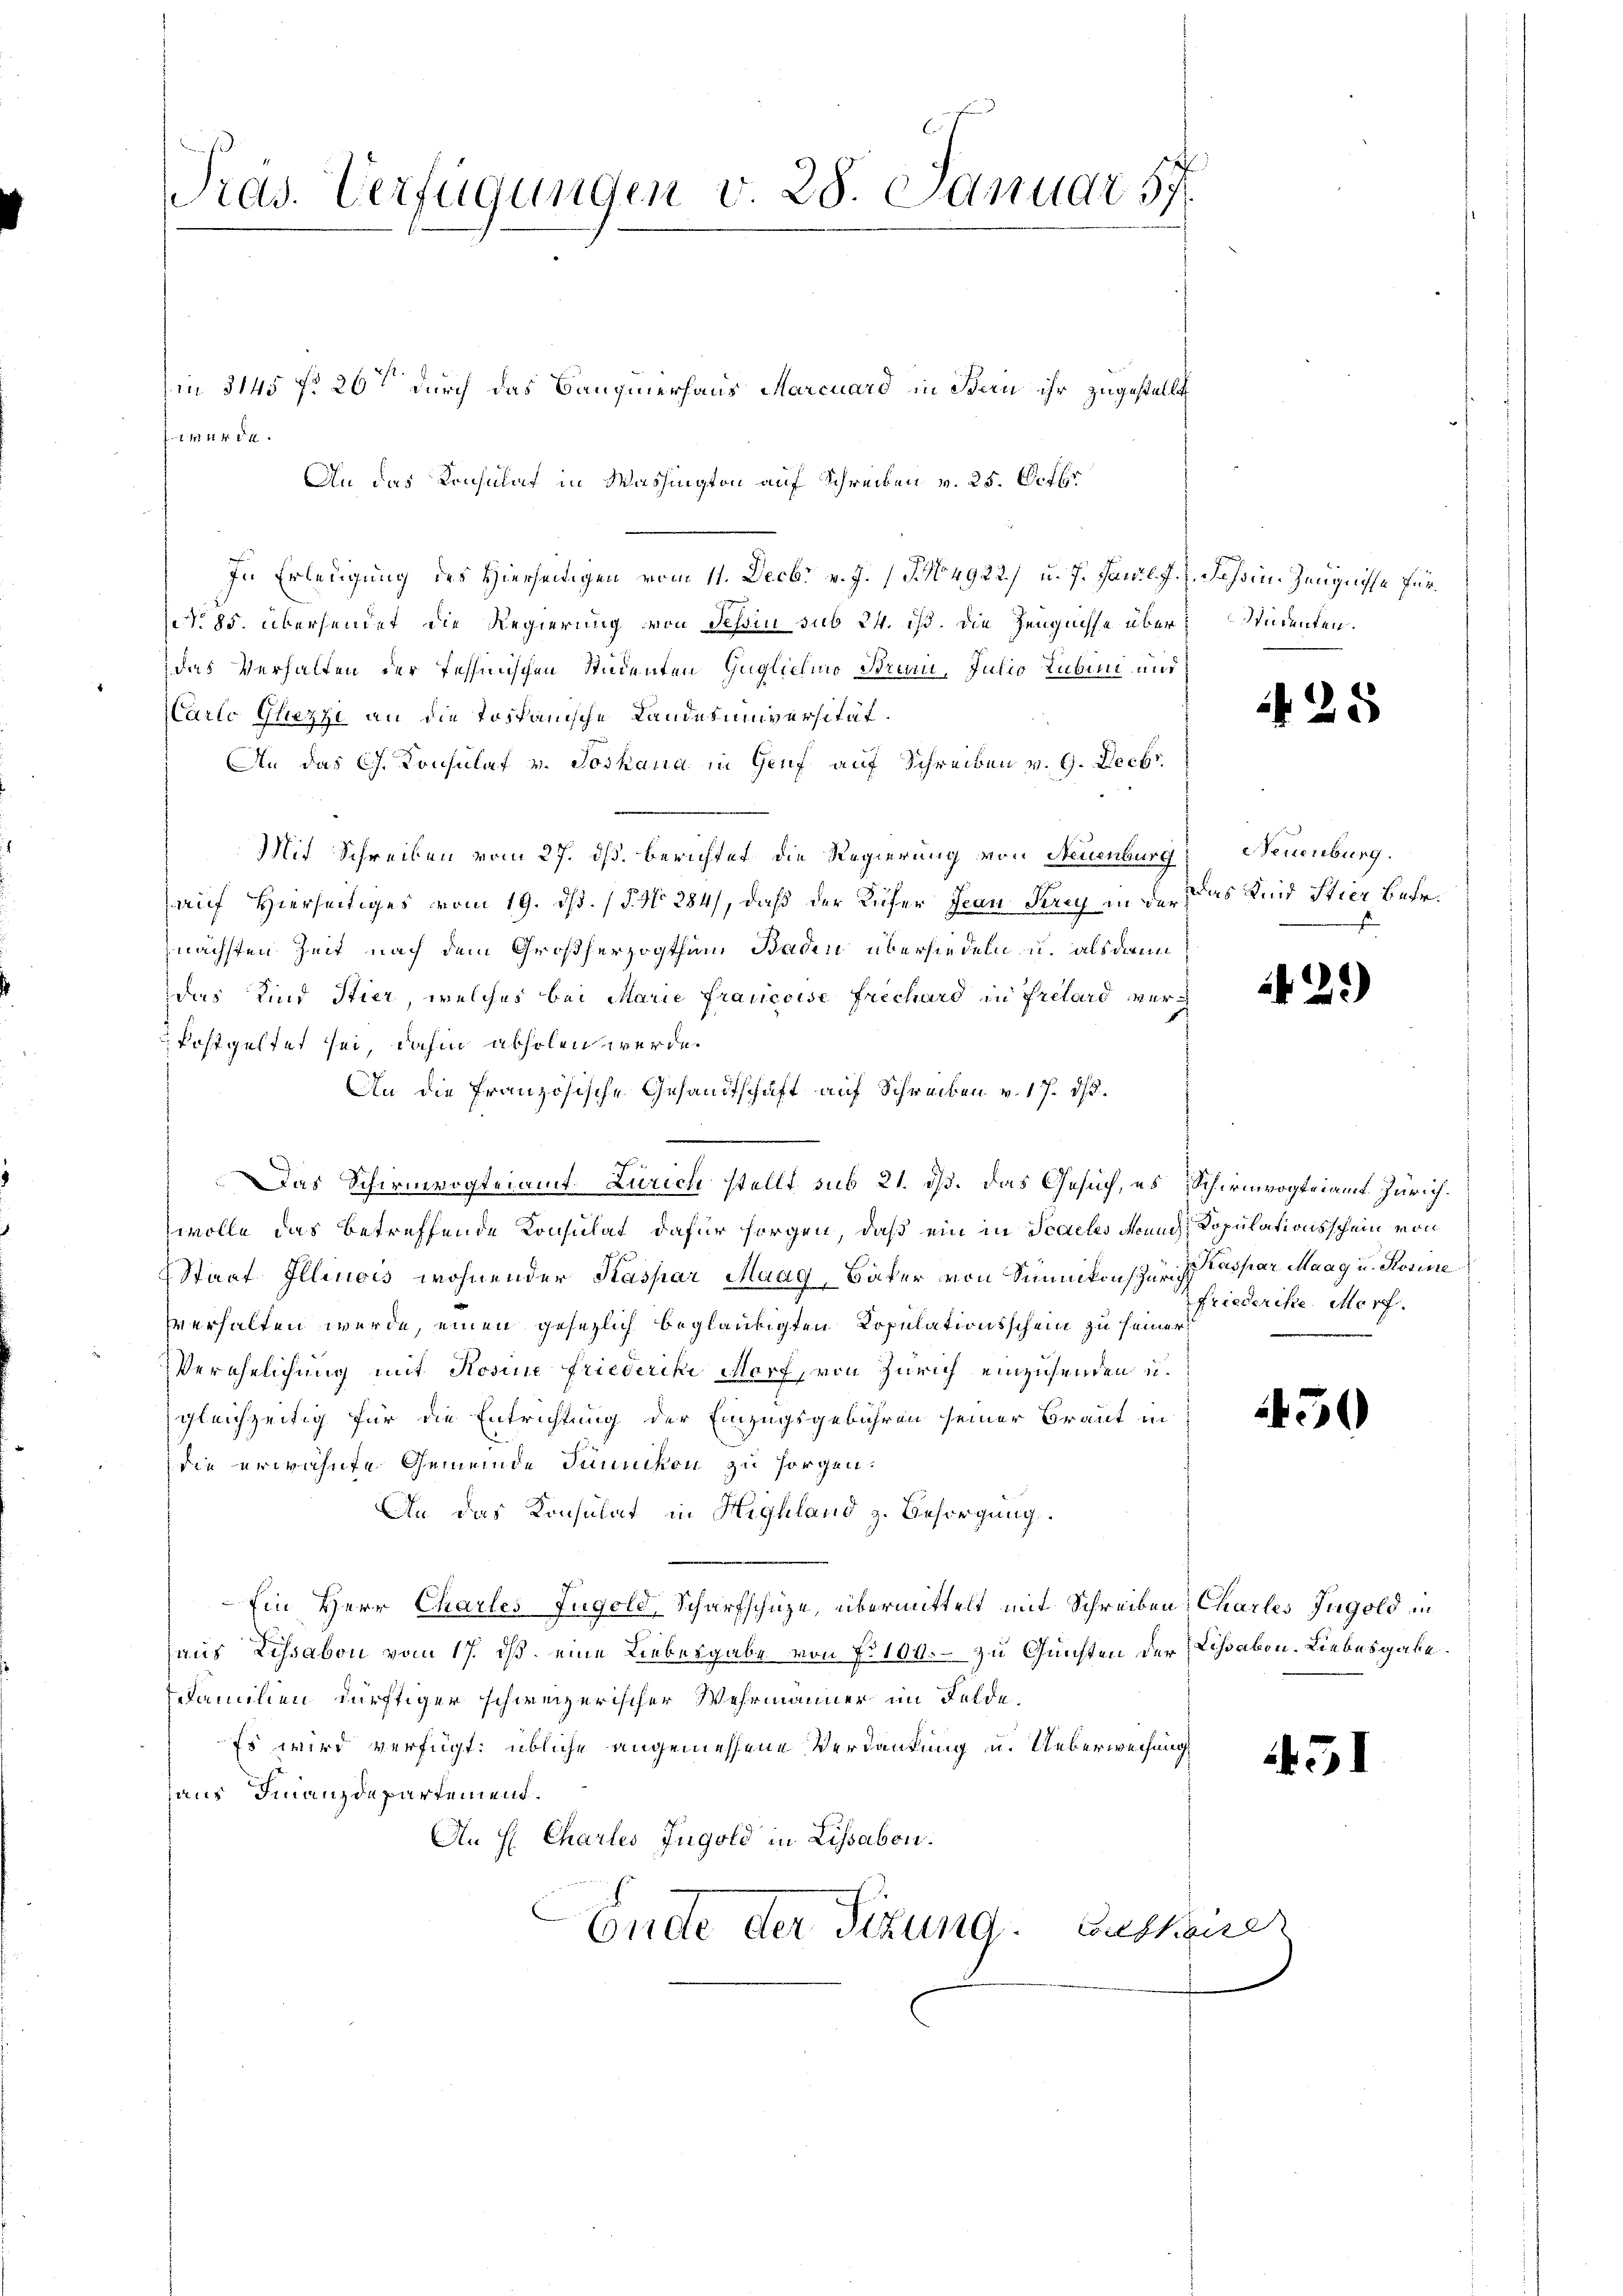
Pras. Verfügungen v. 28. Januar 57.

in 3145 f. 20ten durch das Bangierhaus Marcuard in Bern ihr zugestellt
tmitten.
An das Konsulat in Washington auf Schreiben v. 25. Octbr
In Erledigung des Hierseitigen vom 11. Decbr. v. J. J. No 4922) u. 7. Janil. J. J. Johsin. Zeugnisse für¬
(No 85. übersendet die Regierung von Schin sub 24. ist. Die Zeugnisse über
das Verhalten der Tessinischen Studenten Guglicheo Bruni, Julio Rubin und
CCarlo Gliezzi an die Tospanische Landesuniversität.
An das Ch. Konsulat v. Joskaua in Genf auf Schreiben v. G. Decbr
Mit Schreiben vom 27. ds. berichtet die Regierung von Neuenburg
auf Hierseitiges vom 19. dß. (§. No 284), daß der Küfer Jean Frey in der das Kind Stier betr.
nächsten Zeit nach dem Großherzogthum Baden übersiedeln u. als dann
Das Kind Stier, welches bei Marie francoise frechard in Frelard verfestgeltet sei, dahin abholen werde.
An die französische Gesandtschaft auf Schreiben v. 17. ds.
d
Das Schirmvogteiamt Zürich stellt sub 21. dß. Das Gesuch, es Schirmvogteiamt Zürich.
wolle das betreffende Konsulat dafür sorgen, daß ein in Scaeles Mund Kopulationsschein von
Staat Illinois wohnender Kaspar Maag, Bäker von Summikon zur Kaspar Maag u. Rosine
verhalten werde, einen gesezlich beglaubigten Copulationsschein zu seiner
Verehelichung mit Rosine Friederike Morf, von Zürich einzusenden u.
gleichzeitig für die Entrichtung der Einzugsgebühren seiner Braut in
die erwähnte Gemeinde Jennikon zu sorgen.
An das Konsulat in Highland z. Besorgung.
Ein Herr Charles Fügold, Scharfschüze, übermittelt mit Schreiben Charles Ingold in
aus Lissabon vom 17. ds. eine Liebesgabe von No 100.- zu Gunsten der Lissabon-Liebesgabe.
sfamilien dürftiger schweizerischer Wehrmänner im Felde.
Es wird verfügt: übliche angemessene Verdankung u. Ueberweisung
aus Finanzdepartemend.
An H. Chartes Jugold in Lissabon.
Ende der Sitzung. Auskauer

Studenten.

25

Neuenburg.

42)

Friederiste Morf.

450

451